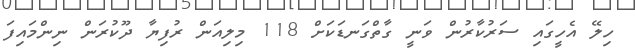
ހިލޭ އެހީގައި ސަރުކާރުން ވަނީ ގާތްގަނޑަކަށް 118 މިލިއަން ރުފިޔާ ދޫކުރަން ނިންމައިފަ